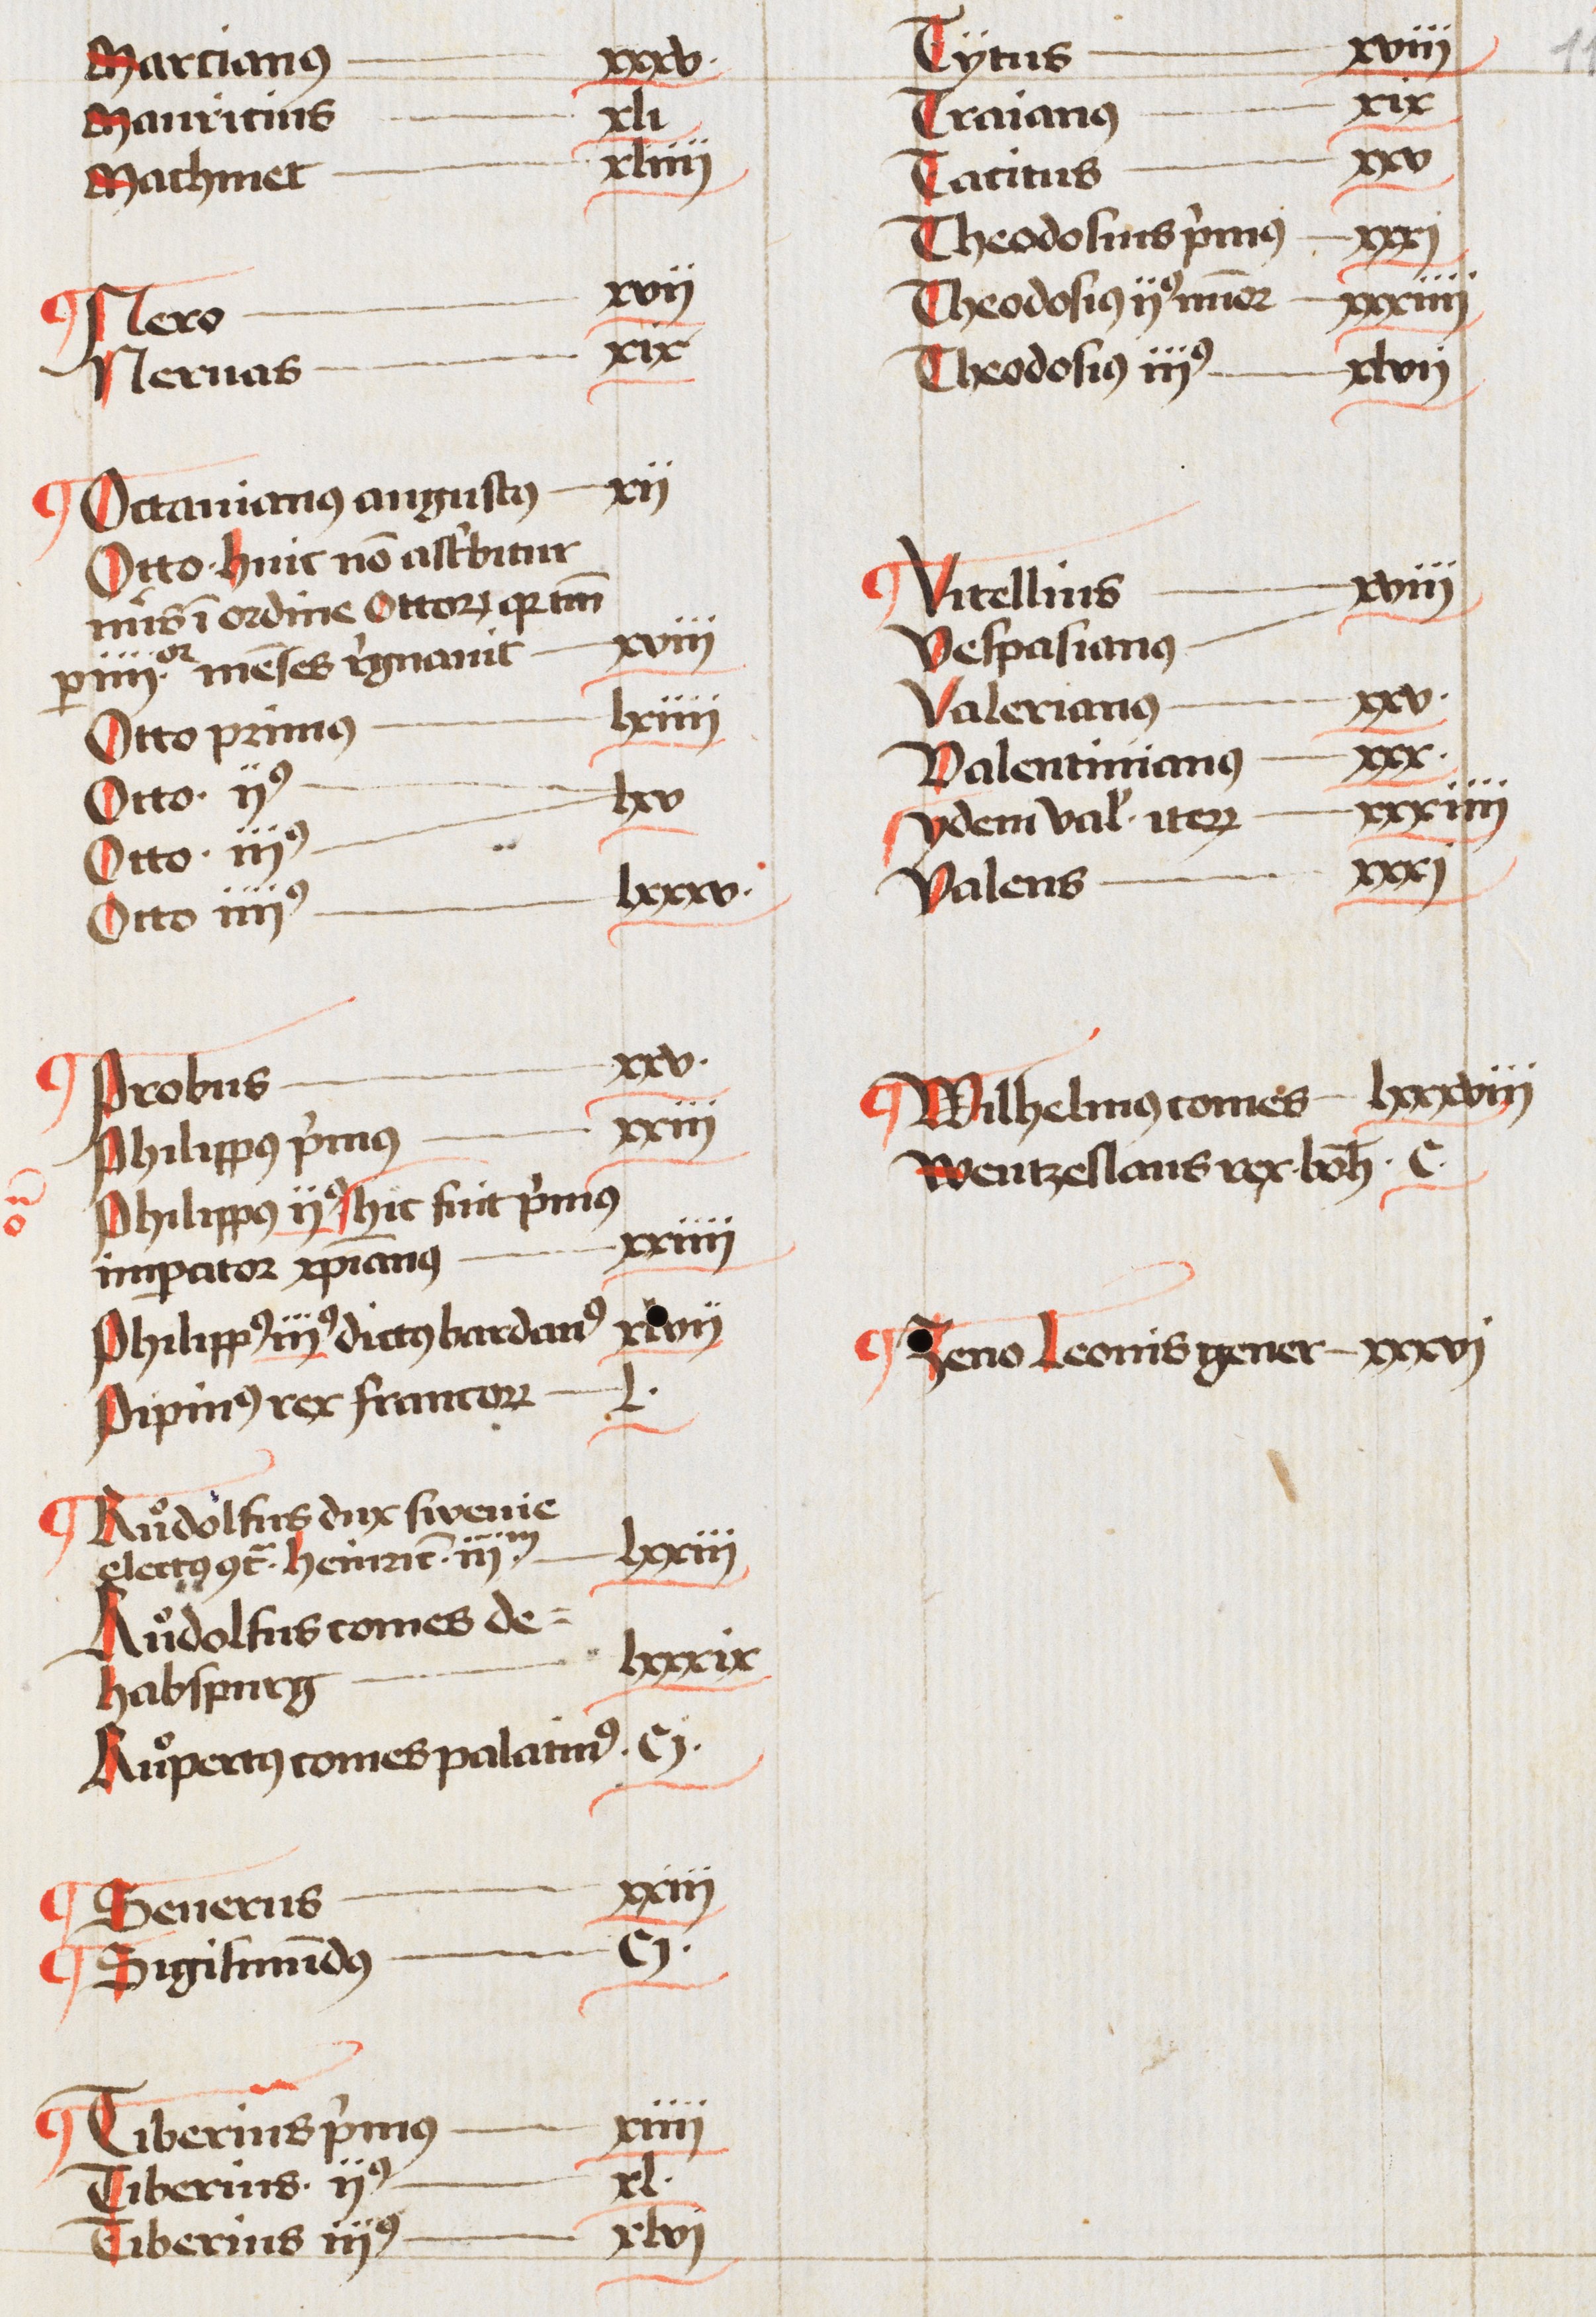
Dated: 1460–1490